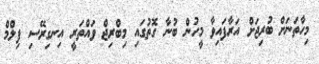
މިހާތަނަށް ބުރިޖަށް އަރާފައިވާ މީހުން ބުނާ ގޮތުގައި މިބްރިޖް ވައްތަރީ އިނގިރޭސި ފިލްމް